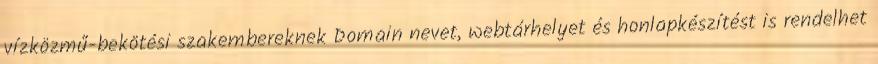
vízközmű-bekötési szakembereknek Domain nevet, webtárhelyet és honlapkészítést is rendelhet